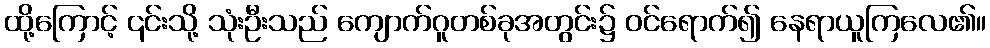
ထို့ကြောင့် ၎င်းသို့ သုံးဦးသည် ကျောက်ဂူတစ်ခုအတွင်း၌ ဝင်ရောက်၍ နေရာယူကြလေ၏။